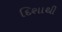
દિશાથી